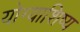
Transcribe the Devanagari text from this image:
योग्याशिष्य